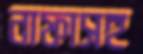
নাফাসহ